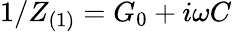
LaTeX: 1/Z_{(1)}=G_{0}+i\omega C